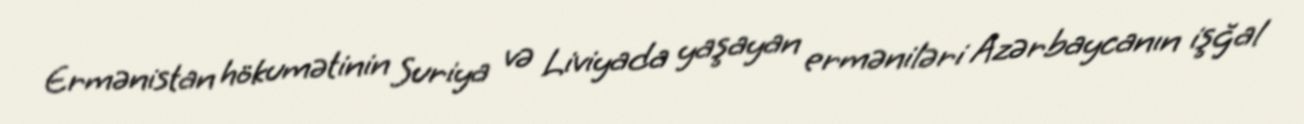
Ermənistan hökumətinin Suriya və Liviyada yaşayan erməniləri Azərbaycanın işğal